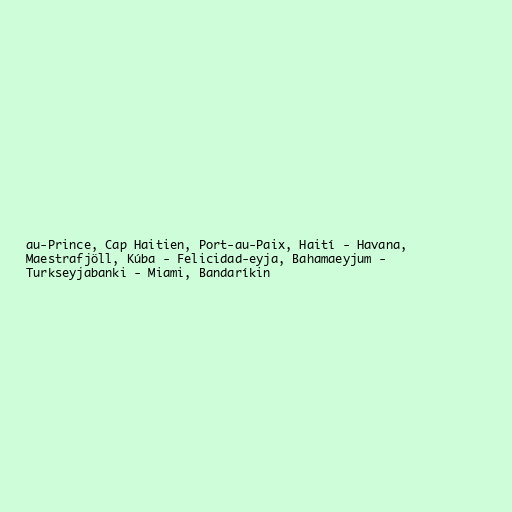
au-Prince, Cap Haitien, Port-au-Paix, Haití - Havana,
Maestrafjöll, Kúba - Felicidad-eyja, Bahamaeyjum -
Turkseyjabanki - Miami, Bandaríkin